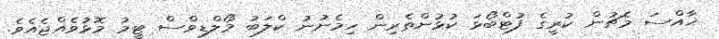
ޚާއްސަ މެޗުން ކުރީގެ ފުޓްބޯޅަ ކުޅުންތެރިން ހިމެނުނު ކްލަބު މޯލްޑިވްސް ޓީމު މޮޅުވެއްޖެއެވެ.